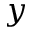
y